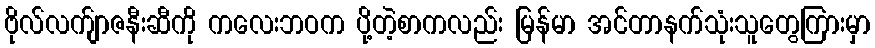
ဗိုလ်လက်ျာဇနီးဆီကို ကလေးဘဝက ပို့တဲ့စာကလည်း မြန်မာ အင်တာနက်သုံးသူတွေကြားမှာ